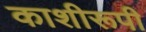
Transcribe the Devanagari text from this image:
काशीरूपी